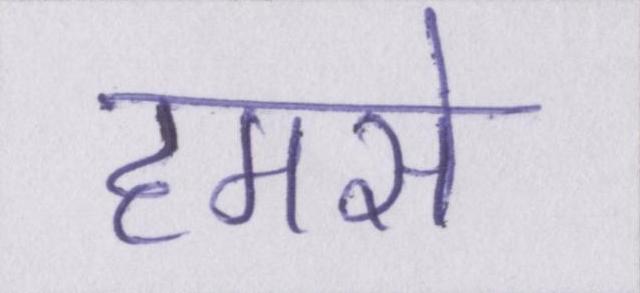
हमसे